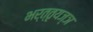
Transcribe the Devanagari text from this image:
भर्त्तृयज्ञ